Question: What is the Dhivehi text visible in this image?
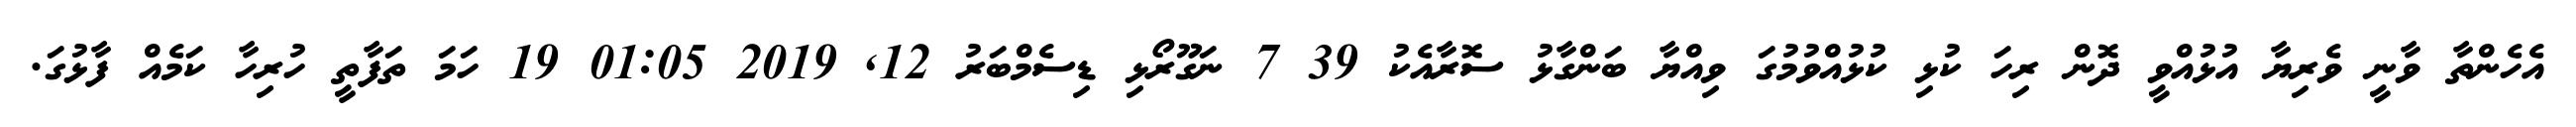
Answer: އެހެންތާ ވާނީ ވެރިޔާ އުޅުއްވީ ދޮން ރިހަ ކުޅި ކުޅުއްވުމުގަ ވިއްޔާ ބަންގާޅު ސޮރާއެކު 39 7 ނަގޫރޯޅި ޑިސެމްބަރު 12, 2019 01:05 19 ހަމަ ތަފާތީ ހުރިހާ ކަމެއް ފާޅުގަ.